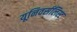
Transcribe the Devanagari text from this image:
यूनिवर्सलिस्ट